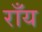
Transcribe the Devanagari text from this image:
राँय